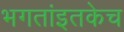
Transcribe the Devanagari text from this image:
भगतांइतकेच